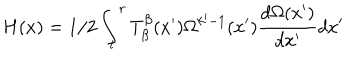
H ( x ) = 1 / 2 \int _ { l } ^ { r } T _ { \beta } ^ { \beta } ( x ^ { \prime } ) \Omega ^ { k ^ { \prime } - 1 } ( x ^ { \prime } ) \frac { d \Omega ( x ^ { \prime } ) } { d x ^ { \prime } } d x ^ { \prime }